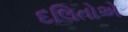
દલિતોએ